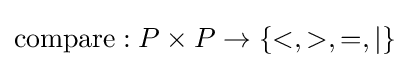
{\text{compare}}:P\times P\to \{<,>,=,\vert \}